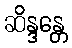
ဆိန္ဒန္တေ